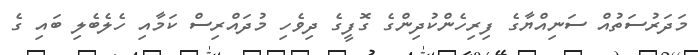
މަދަރުސަތުއް ސަނިއްޔާގެ ފިރިހެންކުދިންގެ ގޮފީގެ ދިވެހި މުދައްރިސް ކަމާއި ހެލެބެލި ބައި ގެ